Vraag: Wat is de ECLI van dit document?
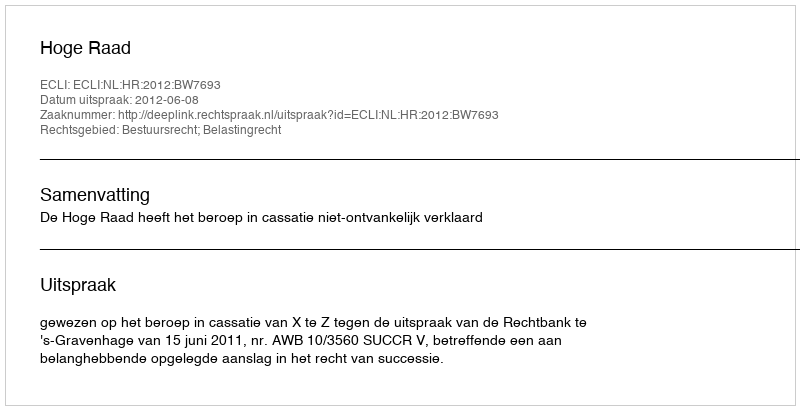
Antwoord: ECLI:NL:HR:2012:BW7693